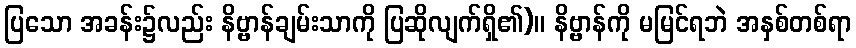
ပြသော အခန်း၌လည်း နိဗ္ဗာန်ချမ်းသာကို ပြဆိုလျက်ရှိ၏)။ နိဗ္ဗာန်ကို မမြင်ရဘဲ အနှစ်တစ်ရာ